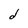
Character: d